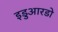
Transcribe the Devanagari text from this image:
इडुआरडो